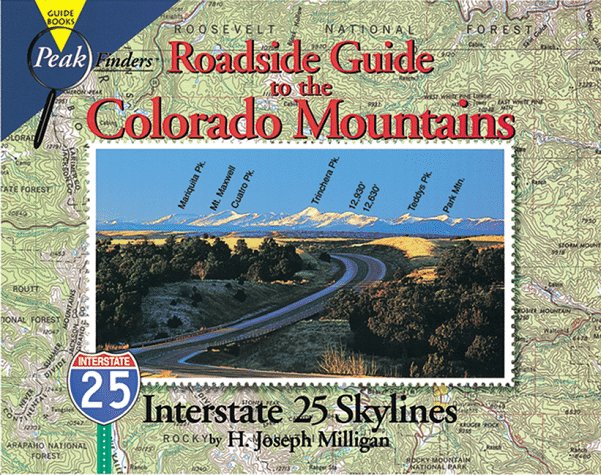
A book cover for Roadside Guide to the Colorado Mountains: Interstate 25 Skylines (Peakfinders Series); H. Joseph Milligan; Travel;